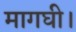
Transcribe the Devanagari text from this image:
मागघी।